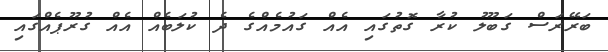
ބަރޭރަސް ގަބޫލު ކުރާ ގޮތުގައި އެއް ގައުމެއްގެ ދެ ކުލަބެއް އެއް ގުރޫޕެއްގައި